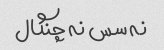
نه سس نه چنگال